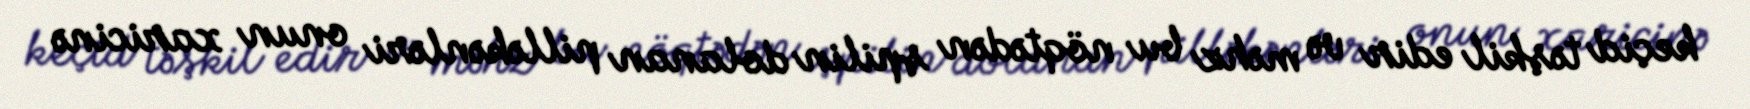
keçid təşkil edir və məhz bu nöqtədən şpilin dolanan pilləkənləri onun xaricinə